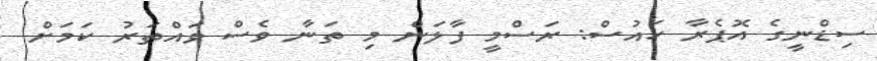
ސިޑްނީގެ އޮޕެރާ ހައުސް: ރަސްމީ ފާލަން މި ތަނާ ވެސް ވައްތަރު ކަމަށް